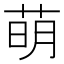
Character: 萌